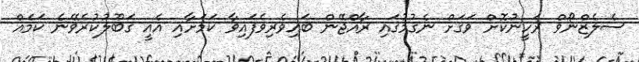
ސެލެޒްނޯވް ރަހީނުކޮށް ވަގަށް ނެގުމުގައި ރާއްޖޭން ބައިވެރިވެފައިވާ ކަމަށާއި އެއީ ގަބޫލުކުރެވޭނެ ކަމެއް